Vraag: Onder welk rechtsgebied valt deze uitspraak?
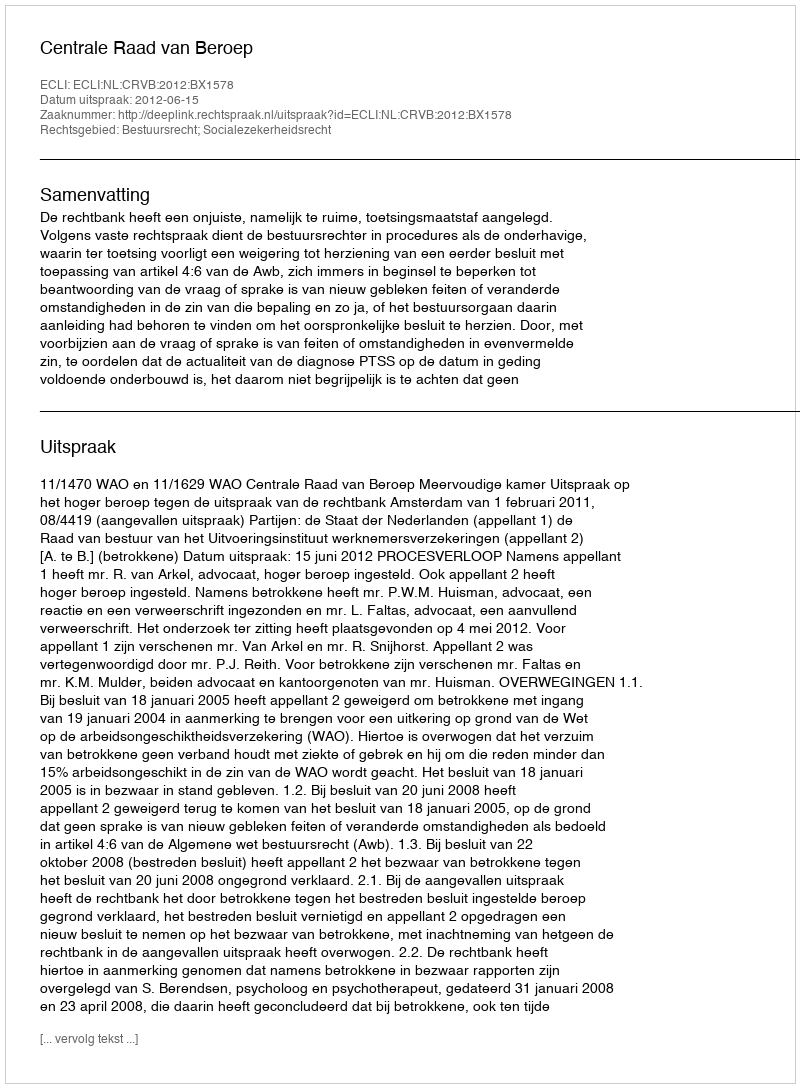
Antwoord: Bestuursrecht; Socialezekerheidsrecht